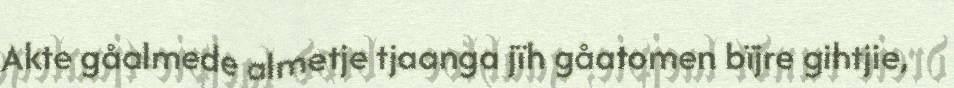
Akte gåalmede almetje tjaanga jïh gåatomen bïjre gihtjie,